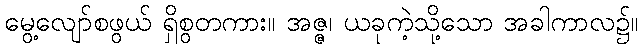
မွေ့လျော်စဖွယ် ရှိစွတကား။ အဇ္ဇ၊ ယခုကဲ့သို့သော အခါကာလ၌။